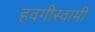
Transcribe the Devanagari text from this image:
हवगीस्वामी